Report of an investigation in regard to the prevalence of stegomyia and other mosquitoes in Karachi, and the measures necessary for their control
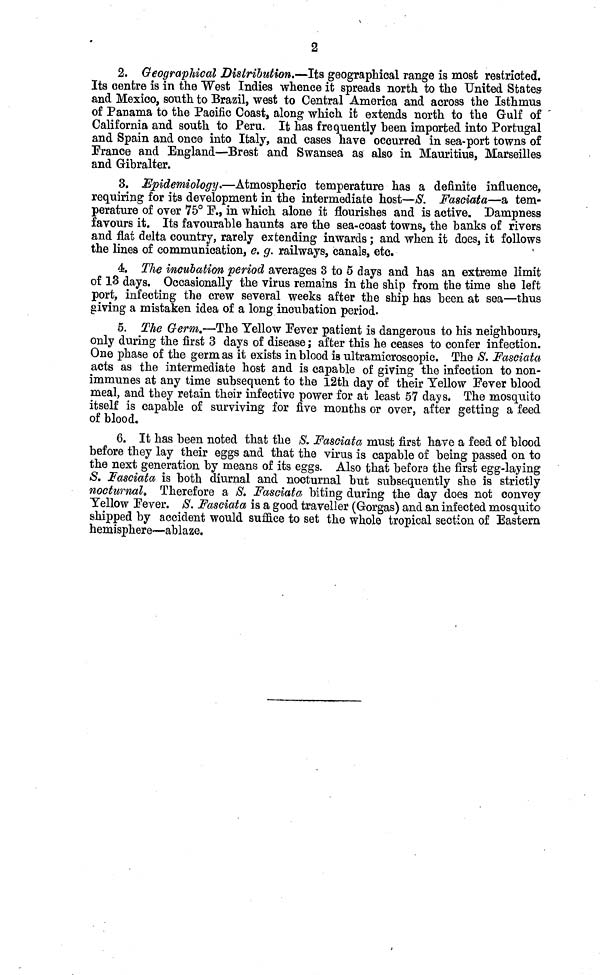
2
2. Geographical Distribution.—Its geographical range is most restricted.
Its centre is in the "West Indies whence it spreads north to the United States
and Mexico, south to Brazil, west to Central America and across the Isthmus
of Panama to the Pacific Coast, along which it extends north to the Gulf of
California and south to Peru. It has frequently been imported into Portugal
and Spain and once into Italy, and cases have occurred in sea-port towns of
France and England—Brest and Swansea as also in Mauritius, Marseilles
and Gibralter.
3. Epidemiology.—Atmospheric temperature has a definite influence,
requiring for its development in the intermediate host—S. Fasciata—a tem-
perature of over 75° F., in which alone it flourishes and is active. Dampness
favours it. Its favourable haunts are the sea-coast towns, the banks of rivers
and flat delta country, rarely extending inwards; and when it does, it follows
the lines of communication, e. g. railways, canals, etc.
4. The incubation period averages 3 to 5 days and has an extreme limit
of 13 days. Occasionally the virus remains in the ship from the time she left
port, infecting the crew several weeks after the ship has been at sea—thus
giving a mistaken idea of a long incubation period.
5. The Germ.—The Yellow Fever patient is dangerous to his neighbours,
only during the first 3 days of disease; after this he ceases to confer infection.
One phase of the germ as it exists in blood is ultramicroscopic. The S. Fasoiata
acts as the intermediate host and is capable of giving the infection to non-
immunes at any time subsequent to the 12th day of their Yellow Fever blood
meal, and they retain their infective power for at least 57 days. The mosquito
itself is capable of surviving for five months or over, after getting a feed
of blood.
6. It has been noted that the 8. Fasciata must first have a feed of blood
before they lay their eggs and that the virus is capable of being passed on to
the next generation by means of its eggs. Also that before the first egg-laying
S. Fasciata is both diurnal and nocturnal but subsequently she is strictly
nocturnal. Therefore a 8. Fasciata biting during the day does not convey
Yellow Fever. 8. Fasciata is a good traveller (Gorgas) and an infected mosquito
shipped by accident would suffice to set the whole tropical section of Eastern
hemisphere—ablaze.